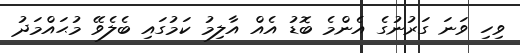
ވިހި ވަނަ ގަރުނުގެ އެންމެ ބޮޑު އެއް އާލިމު ކަމުގައި ބެލެވޭ މުޙައްމަދު